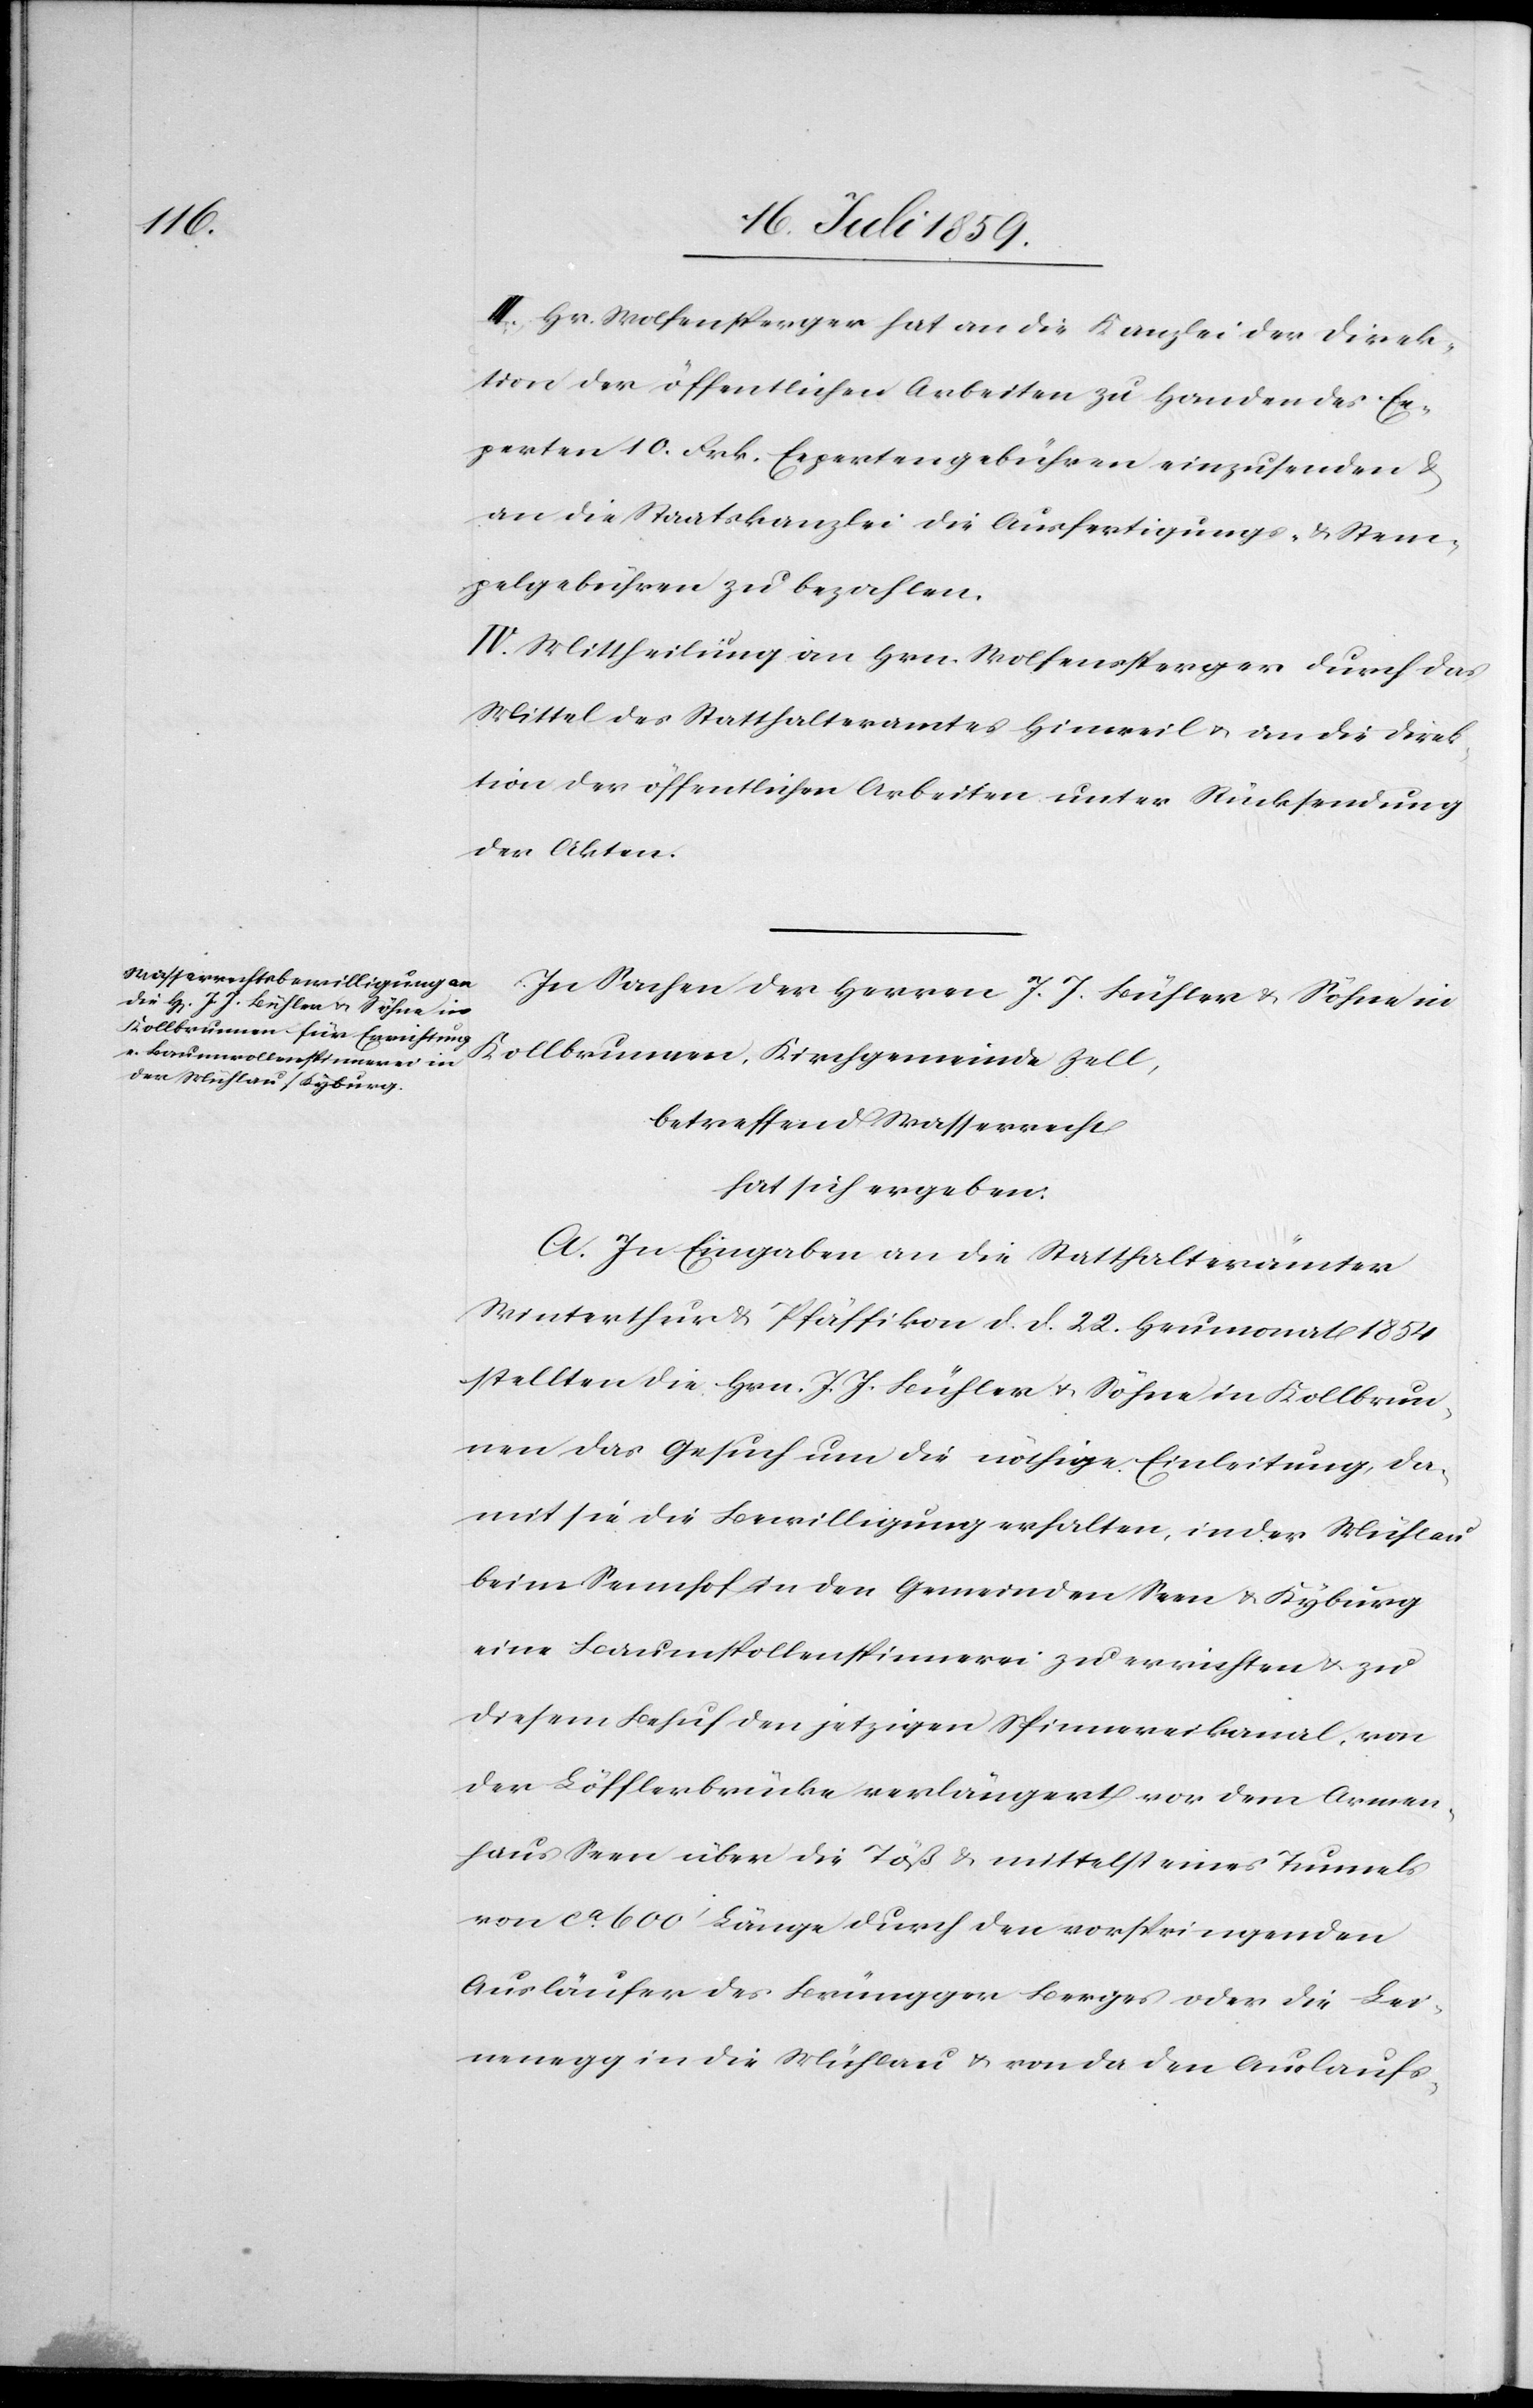
III. Hr. Wolfensperger hat an die Kanzlei der Direk¬
tion der öffentlichen Arbeiten zu Handen des Ex¬
perten 10. Frk. Expertengebühren einzusenden u.
an die Staatskanzlei die Ausfertigungs- u. Stem¬
pelgebühren zu bezahlen.
IV. Mittheilung an Hrn. Wolfensperger durch das
Mittel des Statthalteramt Hinweil u. an die Direk¬
tion der öffentlichen Arbeiten unter Rücksendung
der Akten.
In Sachen der Herren J. J. Bühler u. Söhne in
Kollbrunnen, Kirchgemeinde Zell,
betreffend Wasserrecht
hat sich ergeben:
A. In Eingaben an die Statthalterämter
Winterthur u. Pfäffikon d. d. 22. Heumonat 1854
stellten die Hrn. J. J. Bühler u. Söhne in Kollbrun¬
nen das Gesuch um die nöthige Einleitung da¬
mit sie die Bewilligung erhalten, in der Mühlau
beim Sennhof in den Gemeinden Seen u. Kyburg
eine Baumwollenspinnerei zu errichten u. zu
diesem Behuf den jetzigen Spinnereikanal von
der Löfflerbrücke verlängert vor dem Armen¬
haus Seen über die Töß u. mittelst eines Tunnels
von ca. 600’ Länge durch den vorspringenden
Ausläufer des Brüngger Berges oder die Lei¬
nenegg in die Mühlau u. von da den Auslaufs-